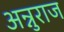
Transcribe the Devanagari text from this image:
अन्नुराज